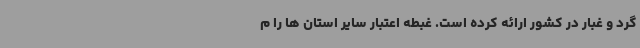
گرد و غبار در کشور ارائه کرده است. غبطه اعتبار سایر استان ها را م